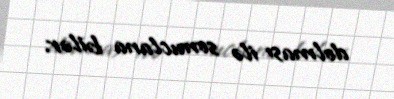
dolması ilə sonuclana bilər.